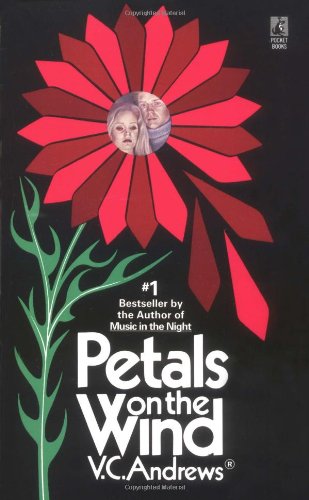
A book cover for Petals on the Wind (Dollanganger); V.C. Andrews; Literature & Fiction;